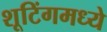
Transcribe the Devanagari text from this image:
शूटिंगमध्ये